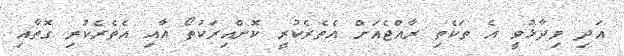
އަދި ވިދާޅުވީ އެ ތަކެތި ރާއްޖެއަށް އެތެރެކުރީ ކޮންއިރަކުތޯ އާއި އެތެރެކުރި ގޮތާއި